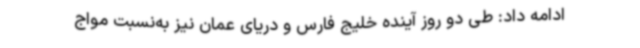
ادامه داد: طی دو روز آینده خلیج فارس و دریای عمان نیز به‌نسبت مواج